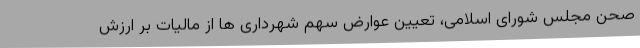
صحن مجلس شورای اسلامی، تعیین عوارض سهم شهرداری ها از مالیات بر ارزش